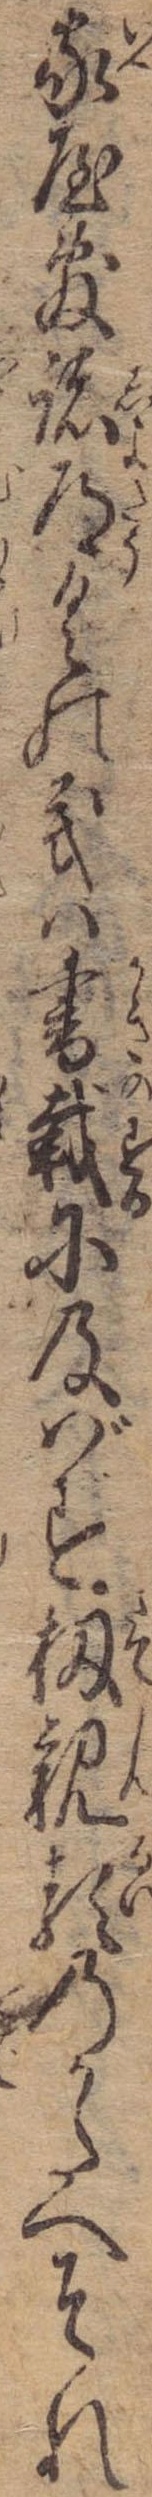
家屋敷諸道具の義は書載に及ばず扨親類のかたへそれ